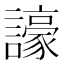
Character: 譹